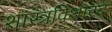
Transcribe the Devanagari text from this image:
शास्त्रविशारद